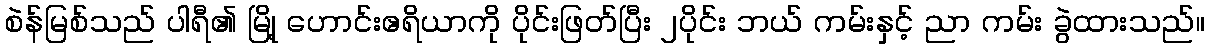
စဲန်မြစ်သည် ပါရီ၏ မြို့ ဟောင်းဧရိယာကို ပိုင်းဖြတ်ပြီး ၂ပိုင်း ဘယ် ကမ်းနှင့် ညာ ကမ်း ခွဲထားသည်။